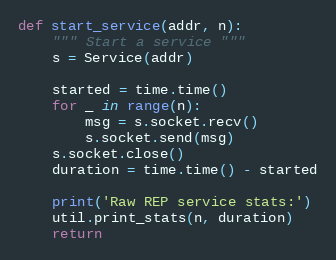
Language: Python
def start_service(addr, n):
    """ Start a service """
    s = Service(addr)

    started = time.time()
    for _ in range(n):
        msg = s.socket.recv()
        s.socket.send(msg)
    s.socket.close()
    duration = time.time() - started

    print('Raw REP service stats:')
    util.print_stats(n, duration)
    return